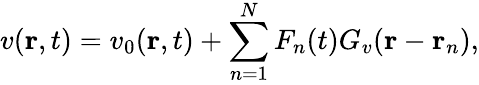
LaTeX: v(\mathbf{r},t)=v_{0}(\mathbf{r},t)+\sum_{n=1}^{N}F_{n}(t)G_{v}(\mathbf{r}-\mathbf{r}_{n}),